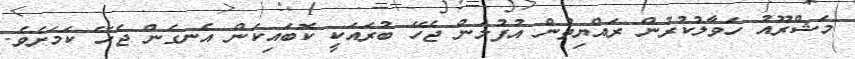
މަޝްރޫއު ހަވާލުކުރުން ރައްޔިތުން އުފުލަން ޖެހޭ ބުރައަކީ ކޮބައިކަން އެނގެން ޖެހޭ ކަމަށެވެ.